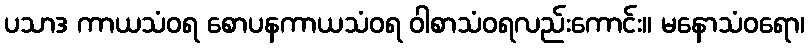
ပသာဒ ကာယသံဝရ စောပနကာယသံဝရ ဝါစာသံဝရလည်းကောင်း။ မနောသံဝရော၊